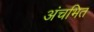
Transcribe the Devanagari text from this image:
अंचभित